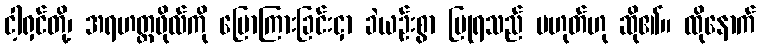
ငါ့ရှင်တို့၊ အရဟတ္တဖိုလ်ကို ပြောကြားခြင်းငှာ ခဲယဉ်းစွာ ပြုရသည် မဟုတ်ဟု ဆို၏။ ထိုနောက်